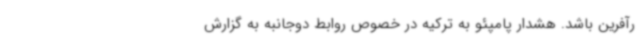
رآفرین باشد. هشدار پامپئو به ترکیه در خصوص روابط دوجانبه به گزارش